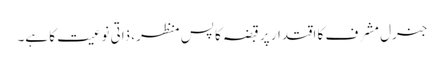
جنرل مشرف کا اقتدار پر قبضہ کا پس منظر، ذاتی نوعیت کا ہے۔